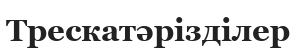
Трескатәрізділер